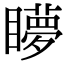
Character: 𥌋